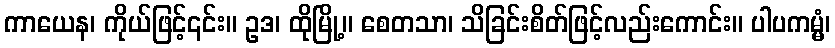
ကာယေန၊ ကိုယ်ဖြင့်၎င်း။ ဥဒ၊ ထိုမြို့။ စေတသာ၊ သိခြင်းစိတ်ဖြင့်လည်းကောင်း။ ပါပကမ္မံ၊